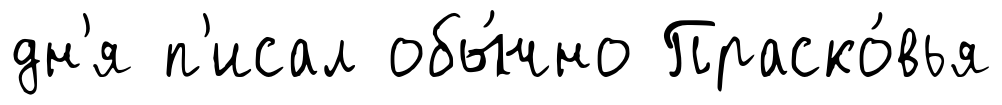
дн'я п'исал обы́чно Праско́вья